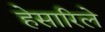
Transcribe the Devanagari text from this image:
हेसारिले